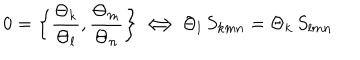
0 = \left\{ { \frac { \Theta _ { k } } { \Theta _ { l } } } , { \frac { \Theta _ { m } } { \Theta _ { n } } } \right\} \Longleftrightarrow \Theta _ { l } \, S _ { k m n } = \Theta _ { k } \, S _ { l m n }